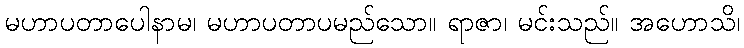
မဟာပတာပေါနာမ၊ မဟာပတာပမည်သော။ ရာဇာ၊ မင်းသည်။ အဟောသိ၊